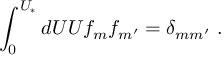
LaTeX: \int _ { 0 } ^ { U _ { * } } d U U f _ { m } f _ { m ^ { \prime } } = \delta _ { m m ^ { \prime } } ~ .